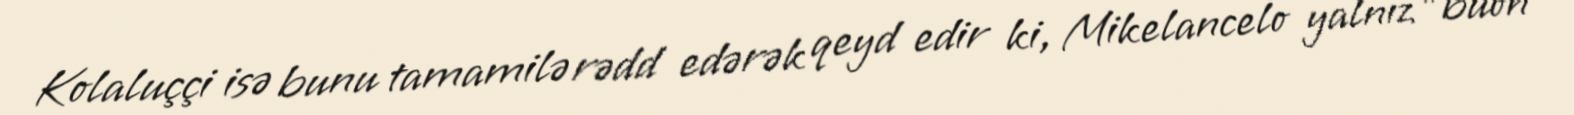
Kolaluççi isə bunu tamamilə rədd edərək qeyd edir ki, Mikelancelo yalnız "buon